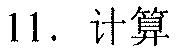
11. 计算